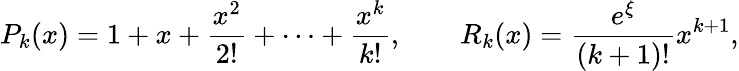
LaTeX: P_{k}(x)=1+x+{\frac{x^{2}}{2!}}+\cdots+{\frac{x^{k}}{k!}},\qquad R_{k}(x)={\frac{e^{\xi}}{(k+1)!}}x^{k+1},